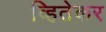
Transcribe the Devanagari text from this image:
व्हितेकर